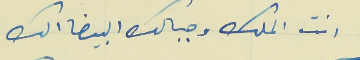
انت الملك وجبالك البيضا الك